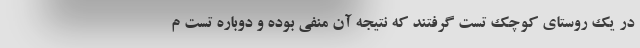
در یک روستای کوچک تست گرفتند که نتیجه آن منفی بوده و دوباره تست م